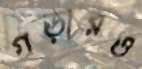
গড়ারও